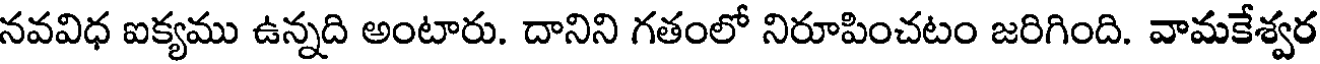
నవవిధ ఐక్యము ఉన్నది అంటారు. దానిని గతంలో నిరూపించటం జరిగింది. వామకేశ్వర